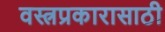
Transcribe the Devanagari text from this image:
वस्त्रप्रकारासाठी